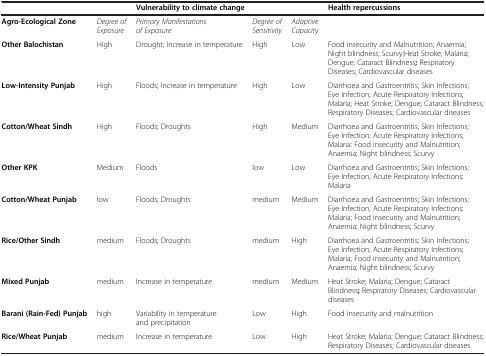
<table><thead><tr><td><b> </b></td><td><b> </b></td><td colspan="3"><b>Vulnerability to climate change</b></td><td><b>Health repercussions</b></td></tr></thead><tbody><tr><td><b>Agro-Ecological Zone</b></td><td><i>Degree of Exposure</i></td><td><i>Primary Manifestations of Exposure</i></td><td><i>Degree of Sensitivity</i></td><td><i>Adaptive Capacity</i></td><td> </td></tr><tr><td><b>Other Balochistan</b></td><td>High</td><td>Drought; Increase in temperature</td><td>High</td><td>Low</td><td>Food insecurity and Malnutrition; Anaemia; Night blindness; Scurvy;Heat Stroke; Malaria; Dengue; Cataract Blindness<b>;</b> Respiratory Diseases; Cardiovascular diseases</td></tr><tr><td><b>Low-Intensity Punjab</b></td><td>High</td><td>Floods; Increase in temperature</td><td>High</td><td>Low</td><td>Diarrhoea and Gastroentritis; Skin Infections; Eye Infection; Acute Respiratory Infections; Malaria; Heat Stroke; Dengue; Cataract Blindness; Respiratory Diseases; Cardiovascular diseases</td></tr><tr><td><b>Cotton/Wheat Sindh</b></td><td>High</td><td>Floods; Droughts</td><td>High</td><td>Medium</td><td>Diarrhoea and Gastroentritis; Skin Infections; Eye Infection; Acute Respiratory Infections; Malaria: Food insecurity and Malnutrition; Anaemia; Night blindness; Scurvy</td></tr><tr><td><b>Other KPK</b></td><td>Medium</td><td>Floods</td><td>low</td><td>Low</td><td>Diarrhoea and Gastroentritis; Skin Infections; Eye Infection; Acute Respiratory Infections; Malaria</td></tr><tr><td><b>Cotton/Wheat Punjab</b></td><td>low</td><td>Floods; Droughts</td><td>medium</td><td>Medium</td><td>Diarrhoea and Gastroentritis; Skin Infections; Eye Infection; Acute Respiratory Infections; Malaria; Food insecurity and Malnutrition; Anaemia; Night blindness; Scurvy</td></tr><tr><td><b>Rice/Other Sindh</b></td><td>medium</td><td>Floods; Droughts</td><td>medium</td><td>High</td><td>Diarrhoea and Gastroentritis; Skin Infections; Eye Infection; Acute Respiratory Infections; Malaria; Food insecurity and Malnutrition; Anaemia; Night blindness; Scurvy</td></tr><tr><td><b>Mixed Punjab</b></td><td>medium</td><td>Increase in temperature</td><td>medium</td><td>Medium</td><td>Heat Stroke; Malaria; Dengue; Cataract Blindness<b>;</b> Respiratory Diseases; Cardiovascular diseases</td></tr><tr><td><b>Barani (Rain-Fed) Punjab</b></td><td>high</td><td>Variability in temperature and precipitation</td><td>Low</td><td>High</td><td>Food insecurity and malnutrition</td></tr><tr><td><b>Rice/Wheat Punjab</b></td><td>medium</td><td>Increase in temperature</td><td>Low</td><td>High</td><td>Heat Stroke; Malaria; Dengue; Cataract Blindness; Respiratory Diseases; Cardiovascular diseases</td></tr></tbody></table>